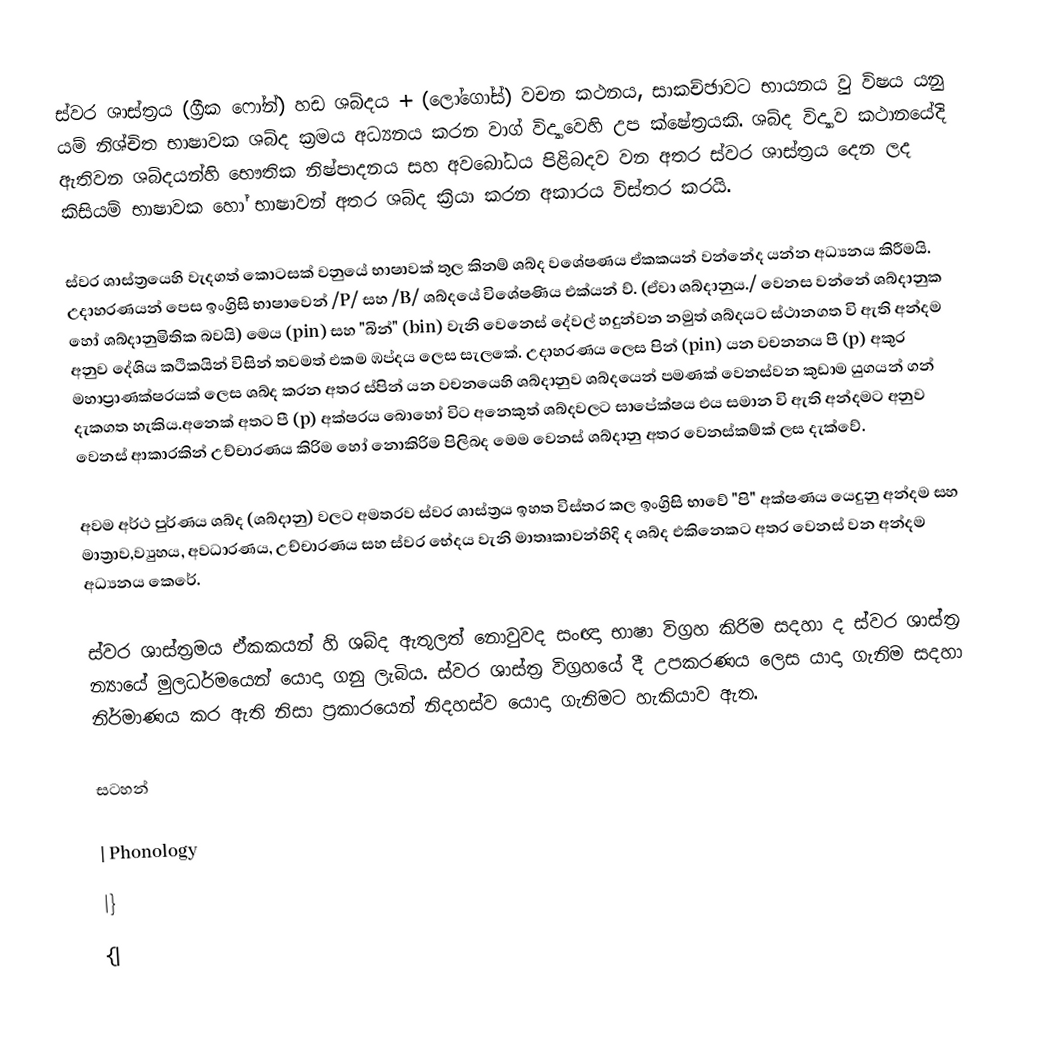
ස්වර ශාස්ත්‍රය (ග්‍රීක ෆෝන්) හඩ ශබ්දය + (ලෝගෝස්) වචන කථනය, සාකච්ඡාවට භායනය වු විෂය යනු යම් නිශ්චිත භාෂාවක ශබ්ද ක්‍රමය අධ්‍යනය කරන වාග් විද්‍යාවෙහි උප ක්ෂේත්‍රයකි. ශබ්ද විද්‍යාව කථානයේදි ඇතිවන ශබ්දයන්හි භෞතික නිෂ්පාදනය සහ අවබෝධය පිළිබදව වන අතර ස්වර ශාස්ත්‍රය දෙන ලද කිසියම් භාෂාවක හෝ භාෂාවන් අතර ශබ්ද ක්‍රියා කරන අකාරය විස්තර කරයි.

ස්වර ශාස්ත්‍රයෙහි වැදගත් කොටසක් වනුයේ භාෂාවක් තුල කිනම් ශබ්ද වශේෂණය ඒකකයන් වන්නේද යන්න අධ්‍යනය කිරීමයි. උදාහරණයන් පෙස ඉංග්‍රිසි භාෂාවෙන්   /P/ සහ  /B/ ශබ්දයේ විශේෂණිය එක්යන් ව්. (ඒවා ශබ්දානුය./ වෙනස වන්නේ ශබ්දානුක හෝ ශබ්දානුමිතික බවයි) මෙය (pin) සහ "බින්"  (bin) වැනි වෙනෙස් දේවල් හදුන්වන නමුත් ශබ්දයට ස්ථානගත වි ඇති අන්දම අනුව දේශිය කථිකයින් විසින් තවමත් එකම ඹප්දය ලෙස සැලකේ. උදාහරණය ලෙස පින් (pin) යන වචනනය පී  (p) අකුර මහාප්‍රාණක්ෂරයක් ලෙස ශබ්ද කරන අතර ස්පින් යන වචනයෙහි ශබ්දානුව ශබ්දයෙන් පමණක් වෙනස්වන කුඩාම යුගයන් ගන් දැකගත හැකිය.අනෙක් අතට පී  (p) අක්ෂරය ‍බොහෝ විට අනෙකුත් ශබ්දවලට සාපේක්ෂය එය සමාන වි ඇති අන්දමට අනුව වෙනස් ආකාරකින් උච්චාරණය කිරිම හෝ නොකිරිම පිලිබද මෙම වෙනස් ශබ්දානු අතර වෙනස්කම්ක් ලස දැක්වේ.

අවම අර්ථ පුර්ණය ශබ්ද (ශබ්දානු) වලට අමතරව ස්වර ශාස්ත්‍රය ඉහත විස්තර කල ඉංග්‍රිසි භාවේ "පි" අක්ෂණය යෙදුනු අන්දම සහ මාත්‍රාව,ව්‍යුහය, අවධාරණය, උච්චාරණය සහ ස්වර භේදය වැනි මාතෘකාවන්හිදි ද ශබ්ද එකිනෙකට අතර වෙනස් වන අන්දම අධ්‍යනය කෙරේ.

ස්වර ශාස්ත්‍රමය ඒකකයන් හි ශබ්ද ඇතුලත් නොවුවද සංඥා භාෂා විග්‍රහ කිරිම සදහා ද ස්වර ශාස්ත්‍ර න්‍යායේ මුලධර්මයෙන් යොදා ගනු ලැබිය. ස්වර ශාස්ත්‍ර විග්‍රහ‍යේ දී  උපකරණය ලෙස යාදා ගැනිම සදහා නිර්මාණය කර ඇති නිසා ප්‍රකාරයෙන් නිදහස්ව යොදා ගැනිමට හැකියාව ඇත.

සටහන්

| Phonology
|}
{|